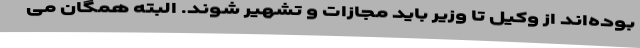
بوده‌اند از وکیل تا وزیر باید مجازات و تشهیر شوند. البته همگان می